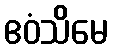
ဧဝံသိမေ